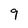
Character: 9